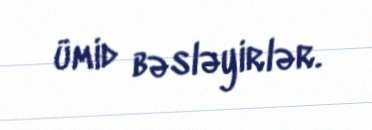
ümid bəsləyirlər.